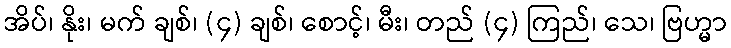
အိပ်၊ နိုး၊ မက် ချစ်၊ (၄) ချစ်၊ စောင့်၊ မီး၊ တည် (၄) ကြည်၊ သေ၊ ဗြဟ္မာ